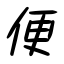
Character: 便